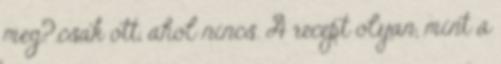
meg?.csak ott, ahol nincs. A recept olyan, mint a